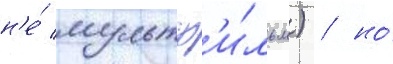
н'е́ мультф'и́льм) / но́